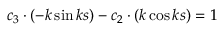
c _ { 3 } \cdot ( - k \sin k s ) - c _ { 2 } \cdot ( k \cos k s ) = 1